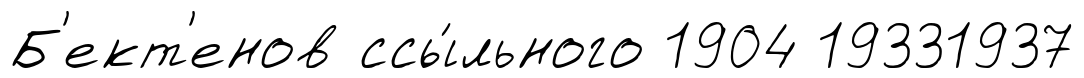
Б'ект'енов ссы́льного 1904 19331937